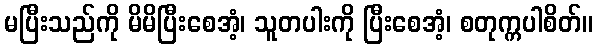
မပြီးသည်ကို မိမိပြီးစေအံ့၊ သူတပါးကို ပြီးစေအံ့၊ စတုက္ကပါစိတ်။